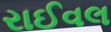
રાઈવલ